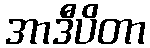
အာဒီပိတာ